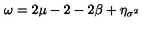
\omega = 2 \mu - 2 - 2 \beta + \eta _ { \sigma ^ { 2 } }